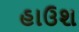
હાઉશ